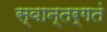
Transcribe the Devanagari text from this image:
स्वान्तर्गतं